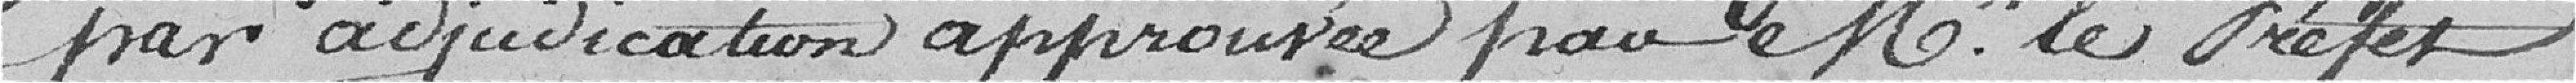
par adjudication approuvée par Monsieur le Préfet